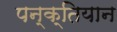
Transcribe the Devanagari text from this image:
पन्क्तियान